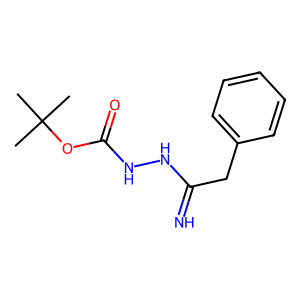
SMILES: CC(C)(C)OC(=O)NNC(=N)Cc1ccccc1
Inhibits HIV replication: No